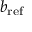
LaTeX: b _ { \mathrm { r e f } }